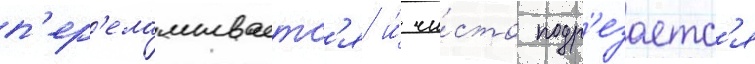
п'ер'еламываетс'я и́ чи́сто подр'езаетс'я